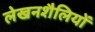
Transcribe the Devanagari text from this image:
लेखनशैलियों